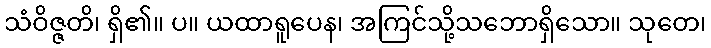
သံဝိဇ္ဇတိ၊ ရှိ၏။ ပ။ ယထာရူပေန၊ အကြင်သို့သဘောရှိသော။ သုတေ၊